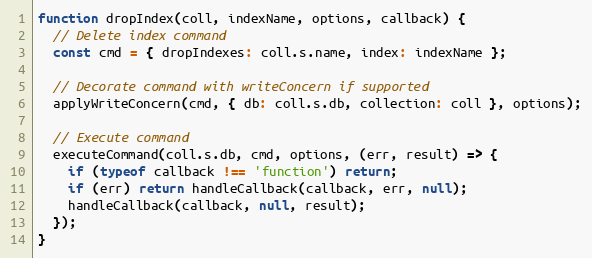
Language: JavaScript
function dropIndex(coll, indexName, options, callback) {
  // Delete index command
  const cmd = { dropIndexes: coll.s.name, index: indexName };

  // Decorate command with writeConcern if supported
  applyWriteConcern(cmd, { db: coll.s.db, collection: coll }, options);

  // Execute command
  executeCommand(coll.s.db, cmd, options, (err, result) => {
    if (typeof callback !== 'function') return;
    if (err) return handleCallback(callback, err, null);
    handleCallback(callback, null, result);
  });
}